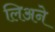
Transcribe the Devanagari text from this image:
लिअने